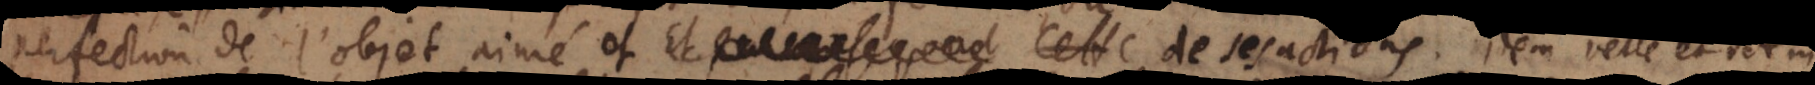
perfection de l’object aimé et de ses actions. Idem velle et i